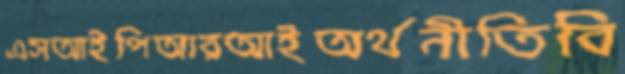
এসআইপিআরআইঅর্থনীতিবি